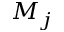
M _ { j }